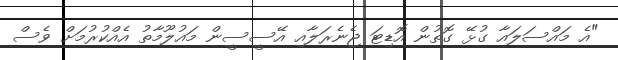
"އެ މައްސަލައާ ގުޅޭ ގޮތުން އޮޑިޓަ ޖެނެރަލާއި އޭސީސީން މައުލޫމާތު އެއްކުރުމަށް ވެސް